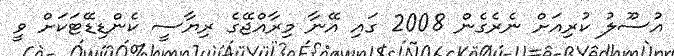
އުސޫލު ކުރިއަށް ނެރެގެން 2008 ގައި އޭނާ މިރާއްޖޭގެ ރިޔާސީ ކެންޑިޑޭޓަކަށް ވީ